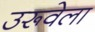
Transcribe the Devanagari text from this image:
उरूवेला